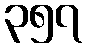
၃၅၇